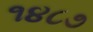
૧૪૮૭